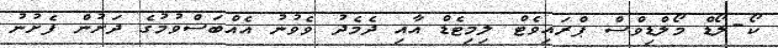
ކޯ-ލޯޑް މޯލްޑިވްސް ޕްރައިވެޓް ލިމިޓެޑް އާއި ދެމެދު ވެވުނު އެއްބަސްވުމުގެ ދަށުން ފެށުނު